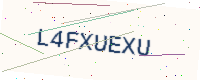
Text: L4FXUEXU